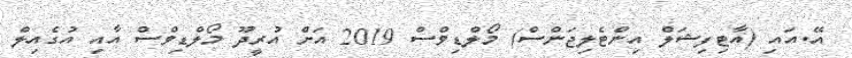
އޭ.އައި (އާޓިފިޝަލް އިންޓެލިޖަންސް) މޯލްޑިވްސް 2019 އަށް އުރީދޫ މޯލްޑިވްސް އާއި އުގެއިލް